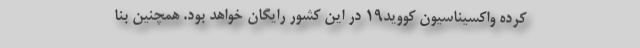
کرده واکسیناسیون کووید19 در این کشور رایگان خواهد بود. همچنین بنا